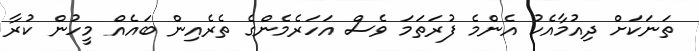
ތަނަކަށް ދިއުމާއެކު އެންމެ ފުރަތަމަ ވެސް އަހަރެމެންގެ ތެރެއިން ބައެއް މީހުން ކުރާ